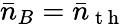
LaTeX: \bar{n}_{B}=\bar{n}_{\mathrm{~t~h~}}